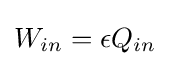
W_{in}=\epsilon Q_{in}